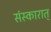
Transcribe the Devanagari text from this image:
संस्कारात्